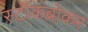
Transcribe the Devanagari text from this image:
स्‍टॉकब्रोकर